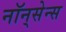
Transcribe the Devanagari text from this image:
नॉन्‌सेन्स